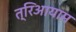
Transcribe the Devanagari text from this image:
त्रिआयाम